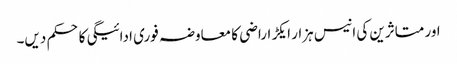
اور متاثرین کی انیس ہزار ایکڑ اراضی کا معاوضہ فوری ادائیگی کاحکم دیں۔